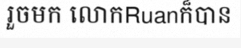
រួចមក លោកRuanក៏បាន